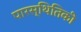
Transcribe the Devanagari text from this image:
पारस्थितिकी